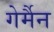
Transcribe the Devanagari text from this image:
गेर्मैन